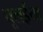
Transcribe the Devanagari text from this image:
चूलईया